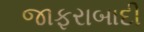
જાફરાબાદી